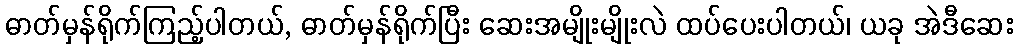
ဓာတ်မှန်ရိုက်ကြည့်ပါတယ်, ဓာတ်မှန်ရိုက်ပြီး ဆေးအမျိုးမျိုးလဲ ထပ်ပေးပါတယ်၊ ယခု အဲဒီဆေး